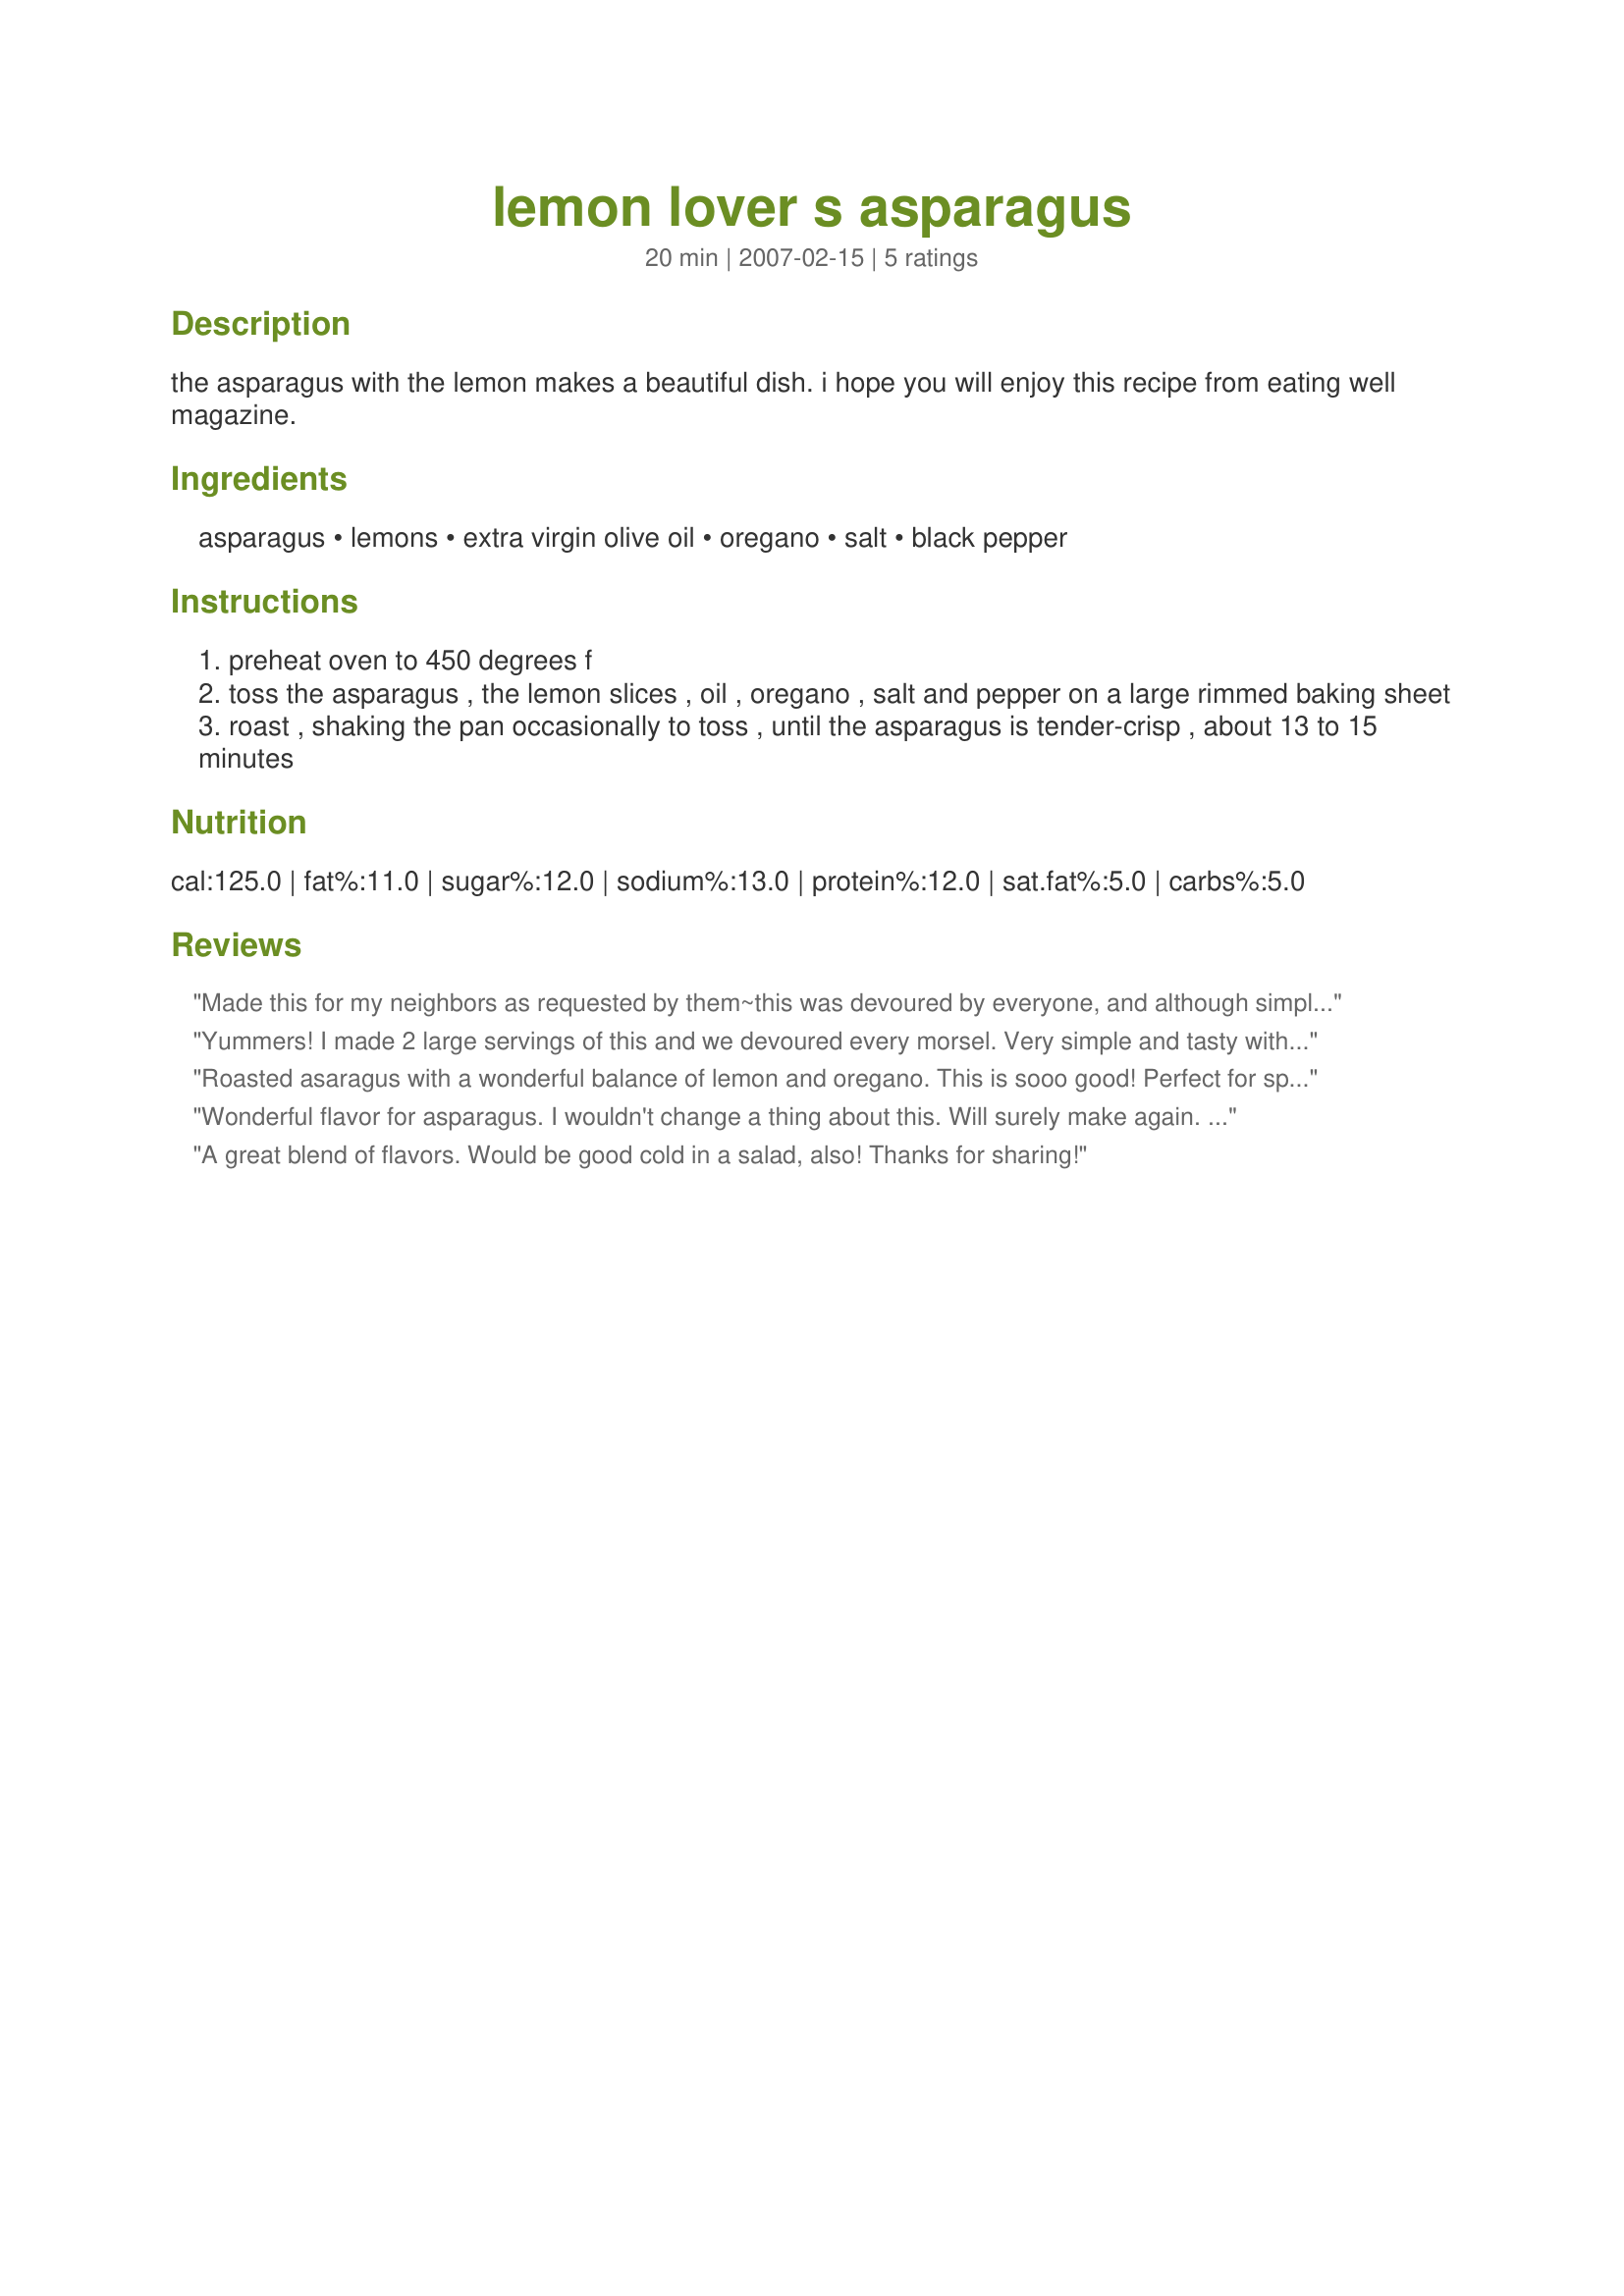
lemon lover s asparagus
Preparation time: 20 minutes

the asparagus with the lemon makes a beautiful dish. i hope you will enjoy this recipe from eating well magazine.

Ingredients:
asparagus, lemons, extra virgin olive oil, oregano, salt, black pepper

Steps:
preheat oven to 450 degrees f
toss the asparagus , the lemon slices , oil , oregano , salt and pepper on a large rimmed baking sheet
roast , shaking the pan occasionally to toss , until the asparagus is tender-crisp , about 13 to 15 minutes

Reviews:
Made this for my neighbors as requested by them~this was devoured by everyone, and although simple, tasted 5 star. The lemon balanced out the flavor of the asparagus, and was so tasty. I added a small tablespoon of butter, and decreased the olive oil to 1 tablespoon, as this really brought out of the flavor of the two basic ingredients ~ asparagus and lemon. This has already been requested again for the rotation. Thanks, Bev~
Yummers! I made 2 large servings of this and we devoured every morsel. Very simple and tasty with the combination of the lemon, oregano and lots of black pepper. Thanks Bev for another winner. Made for 123 Tag.
Roasted asaragus with a wonderful balance of lemon and oregano. This is sooo good! Perfect for spring!
Wonderful flavor for asparagus. I wouldn't change a thing about this. Will surely make again. Thanks Bev
A great blend of flavors. Would be good cold in a salad, also! Thanks for sharing!
